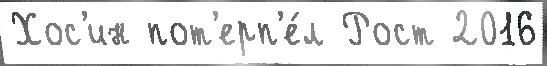
Хос'ин пот'ерп'е́л Рост 2016